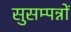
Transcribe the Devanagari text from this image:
सुसम्पन्नों